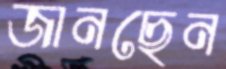
জানছেন